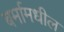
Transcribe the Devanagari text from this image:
बर्मामधील